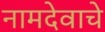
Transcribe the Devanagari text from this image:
नामदेवाचे